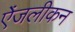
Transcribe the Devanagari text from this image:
ऐंजलीकन